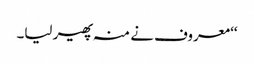
‘‘معروف نے منہ پھیر لیا۔